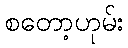
စတော့ဟုမ်း